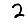
Digit: 2